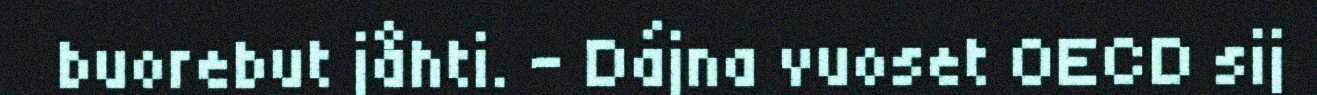
buorebut jåhti. – Dájna vuoset OECD sij